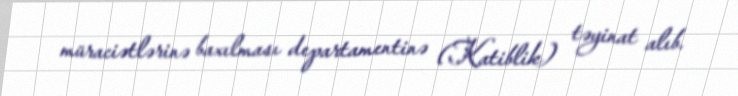
müraciətlərinə baxılması departamentinə (Katiblik) təyinat alıb.